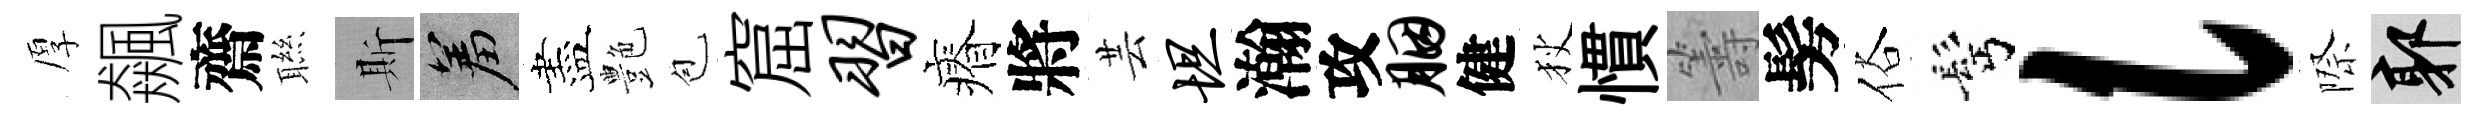
厚飆齋聮斯羞盡艶苞窟习瘠將芸坦瀚攻胭健狄慣籌髣俗髩l際郭